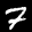
Label: 7